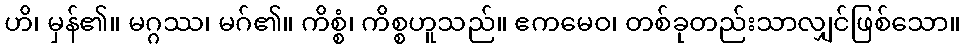
ဟိ၊ မှန်၏။ မဂ္ဂဿ၊ မဂ်၏။ ကိစ္စံ၊ ကိစ္စဟူသည်။ ဧကမေဝ၊ တစ်ခုတည်းသာလျှင်ဖြစ်သော။